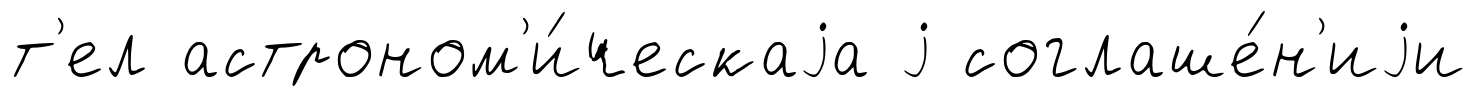
т'ел астроном'и́ческаjа j соглаше́н'иjи